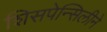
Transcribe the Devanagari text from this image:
शिसपेन्सिलीने